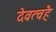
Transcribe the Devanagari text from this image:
देवत्वहै